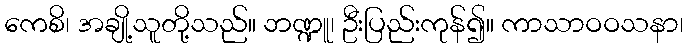
ကေစိ၊ အချို့သူတို့သည်။ ဘဏ္ဍူ၊ ဦးပြည်းကုန်၍။ ကာသာဝဝသနာ၊